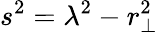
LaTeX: s^{2}=\lambda^{2}-r_{\bot}^{2}